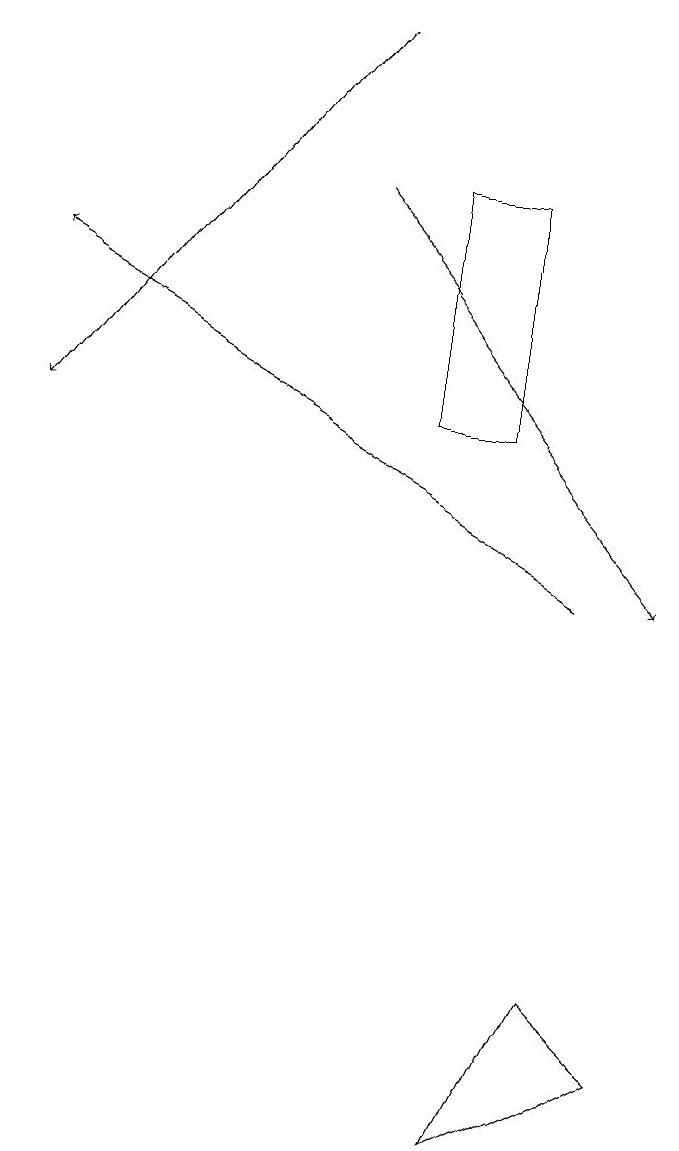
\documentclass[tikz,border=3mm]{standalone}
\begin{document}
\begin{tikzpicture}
\draw (7,3) -- (9,4) -- (8,5) -- cycle;
\draw[->] (5,17) -- (1,12);
\draw[->] (5,15) -- (9,10);
\draw (6,15) rectangle (7,12);
\draw[->] (8,10) -- (1,14);
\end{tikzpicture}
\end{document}